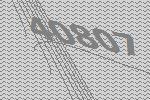
40807